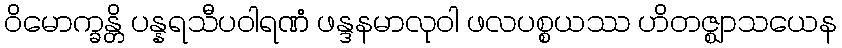
ဝိမောက္ခန္တိ ပန္နရသီပဝါရဏံ ဖန္ဒနမာလုဝါ ဖလပစ္စယဿ ဟိတဇ္ဈာသယေန